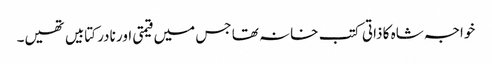
خواجہ شاہ کا ذاتی کتب خانہ تھا جس میں قیمتی اور نادر کتابیں تھیں۔